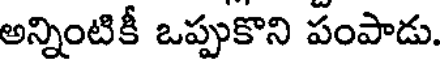
అన్నింటికీ ఒప్పుకొని పంపాడు.